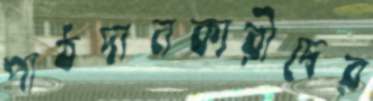
পাঠদানকারীদের